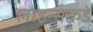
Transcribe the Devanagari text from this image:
लाइन्सकडे